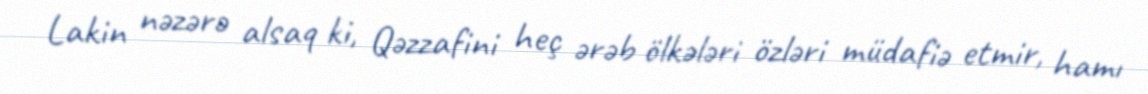
Lakin nəzərə alsaq ki, Qəzzafini heç ərəb ölkələri özləri müdafiə etmir, hamı